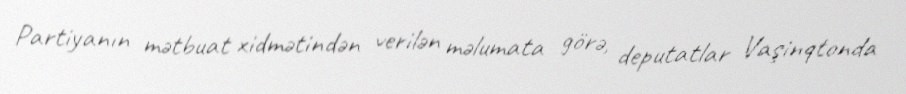
Partiyanın mətbuat xidmətindən verilən məlumata görə, deputatlar Vaşinqtonda